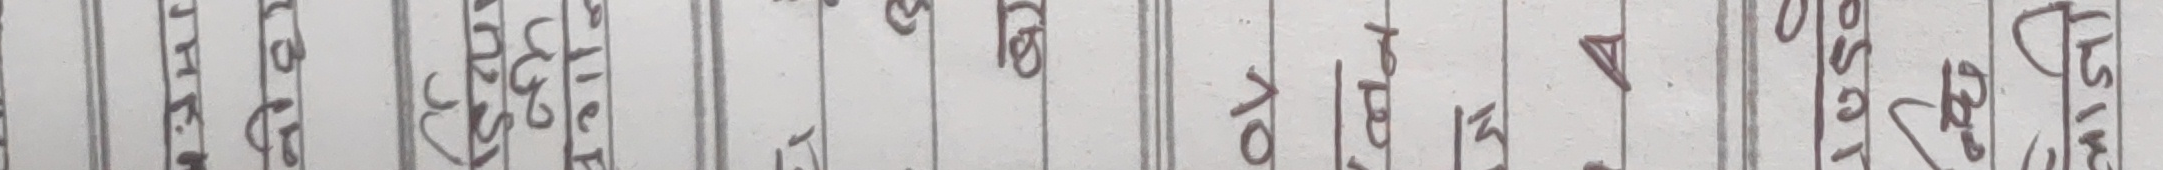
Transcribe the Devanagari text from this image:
प्रसारण | १ | र | सि | १ | तालीम | १
व्यवस्था | ६ | १ | के | ५ | प्रशासनिक | ०
संचालन | ५ | २ | रे | १ | इन्जिनियरिङ | ०
सुरक्षा | ४ | ५ | का | ० | प्राविधिक | ०
अध्ययन | ३ | ४ | ज | १ | गैर | १
अनुसन्धान | २ | ३ | म | १ | प्राविधिक | ०
विद्युत | | | कु | १ | उपकरण | ०
मर्मत | | | पा | २ | व्यवस्थापन | ०
कार्यशाला | | | च | ० | इ-विद् | ०
प्रशासनिक | | | प | १ | मुल्याङ्कन | ०
उपकरण | | | सं | ० | प्रशासनिक | ०